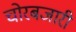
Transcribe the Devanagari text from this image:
चोरबजारी